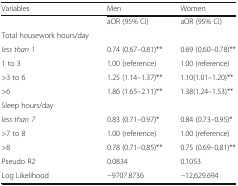
<table><thead><tr><td><b>Variables</b></td><td><b>Men</b></td><td><b>Women</b></td></tr></thead><tbody><tr><td></td><td>aOR (95% CI)</td><td>aOR (95% CI)</td></tr><tr><td>Total housework hours/day</td><td></td><td></td></tr><tr><td><i>less than 1</i></td><td>0.74 (0.67–0.81)**</td><td>0.69 (0.60–0.78)**</td></tr><tr><td>1 to 3</td><td>1.00 (reference)</td><td>1.00 (reference)</td></tr><tr><td>&gt;3 to 6</td><td>1.25 (1.14–1.37)**</td><td>1.10(1.01–1.20)**</td></tr><tr><td>&gt;6</td><td>1.86 (1.65–2.11)**</td><td>1.38(1.24–1.53)**</td></tr><tr><td>Sleep hours/day</td><td></td><td></td></tr><tr><td><i>less than 7</i></td><td>0.83 (0.71–0.97)*</td><td>0.84 (0.73–0.95)*</td></tr><tr><td>&gt;7 to 8</td><td>1.00 (reference)</td><td>1.00 (reference)</td></tr><tr><td>&gt;8</td><td>0.78 (0.71–0.85)**</td><td>0.75 (0.69–0.81)**</td></tr><tr><td>Pseudo R2</td><td>0.0834</td><td>0.1053</td></tr><tr><td>Log Likelihood</td><td>−9707.8736</td><td>−12,629.694</td></tr></tbody></table>